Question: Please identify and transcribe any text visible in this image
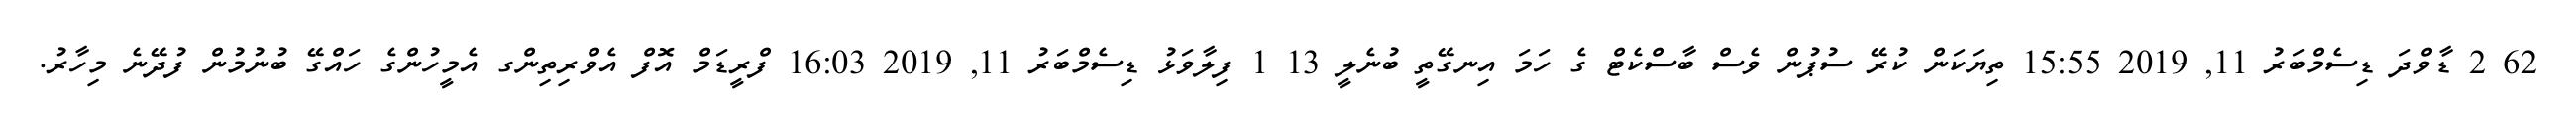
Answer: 62 2 ޑާވްދަ ޑިސެމްބަރު 11, 2019 15:55 ތިޔަކަން ކުރޭ ސުޕުން ވެސް ބާސްކެޓް ގެ ހަމަ އިނގޭތީ ބުނެލީ 13 1 ފިލާވަޅު ޑިސެމްބަރު 11, 2019 16:03 ފްރީޑަމް އޮފް އެވްރިތިންގ އެމީހުންގެ ހައްގޭ ބުނުމުން ފުދޭނެ މިހާރު.